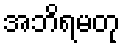
အဘိရမတု